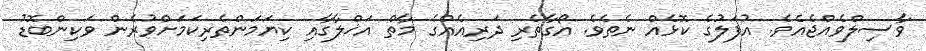
ވާސިލްވެއްޖެއެވެ. އުފަލުގެ ކޮޅެއް ނެތެވެ. އޯގާތެރި ދަރިއެއްގެ މާތް އަޚްލާގާއި ކިޔަމަންތެރިކަމަށްވުރެން ވަކިންބޮޑު